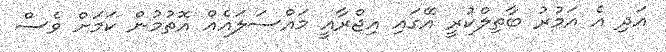
އަދި އެ އަމުރު ބާތިލްކުރީ އޭގައި އިޖްރާއީ މައްސަލައެއް އޮތުމުން ކަމަށް ވެސް